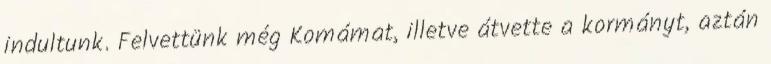
indultunk. Felvettünk még Komámat, illetve átvette a kormányt, aztán